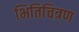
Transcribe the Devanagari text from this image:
भितिचित्रण